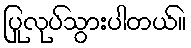
ပြုလုပ်သွားပါတယ်။